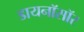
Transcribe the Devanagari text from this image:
डायनॉसॉर